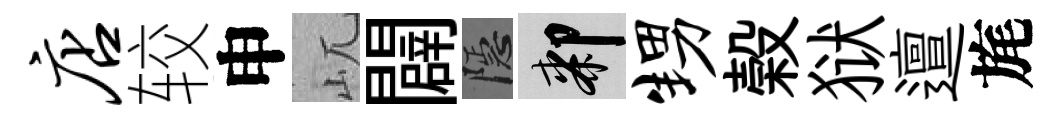
店较申屼闢隱膝甥榖狱邅旄